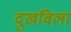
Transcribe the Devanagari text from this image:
दुखविला